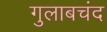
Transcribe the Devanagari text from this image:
गुलाबचंद